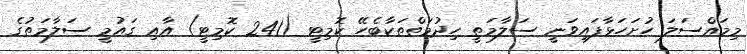
މިމައްސަލަ ހުށަހަޅާފައިވަނީ ސަލާމަތީ ހިދުމަތްތަކާބެހޭ ކޮމިޓީ (241 ކޮމިޓީ) އާއި ގައުމީ ސަލާމަތުގެ